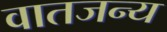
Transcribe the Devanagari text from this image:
वातजन्य